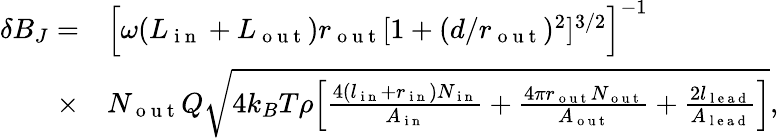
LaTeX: \begin{array}{rl}{\delta B_{J}=}&{{}\Big[{\omega(L_{\mathrm{~i~n~}}+L_{\mathrm{~o~u~t~}})r_{\mathrm{~o~u~t~}}}[1+(d/r_{\mathrm{~o~u~t~}})^{2}]^{3/2}\Big]^{-1}}\\ {\times}&{{}N_{\mathrm{~o~u~t~}}Q\sqrt{4k_{B}T\rho\Big[\frac{4(l_{\mathrm{~i~n~}}+r_{\mathrm{~i~n~}})N_{\mathrm{~i~n~}}}{A_{\mathrm{~i~n~}}}+\frac{4\pi r_{\mathrm{~o~u~t~}}N_{\mathrm{~o~u~t~}}}{A_{\mathrm{~o~u~t~}}}+\frac{2l_{\mathrm{~l~e~a~d~}}}{A_{\mathrm{~l~e~a~d~}}}\Big]},}\end{array}